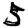
Digit: 5